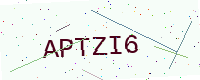
Text: APTZI6